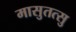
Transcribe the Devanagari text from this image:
मासुतत्सु